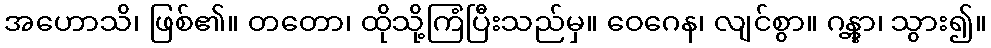
အဟောသိ၊ ဖြစ်၏။ တတော၊ ထိုသို့ကြံပြီးသည်မှ။ ဝေဂေန၊ လျင်စွာ။ ဂန္တွာ၊ သွား၍။